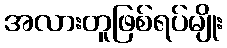
အလားတူဖြစ်ရပ်မျိုး